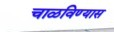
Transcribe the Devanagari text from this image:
चाळविण्यास